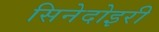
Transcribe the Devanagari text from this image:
सिनेदोइरी